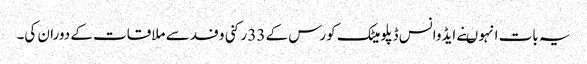
یہ بات انہو ںنے ایڈوانس ڈپلومیٹک کورس کے 33 رکنی وفد سے ملاقات کے دوران کی۔